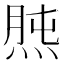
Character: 𤊯